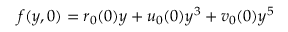
f ( y , 0 ) = r _ { 0 } ( 0 ) y + u _ { 0 } ( 0 ) y ^ { 3 } + v _ { 0 } ( 0 ) y ^ { 5 }